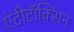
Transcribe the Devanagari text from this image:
एंटीटॉक्सिन